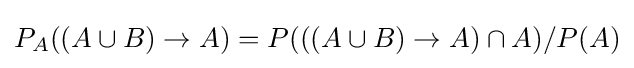
P_{A}((A\cup B)\rightarrow A)=P(((A\cup B)\rightarrow A)\cap A)/P(A)